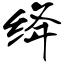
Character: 绛